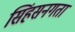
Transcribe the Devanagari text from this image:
सिंहसनगता